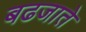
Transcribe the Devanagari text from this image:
बढजाते